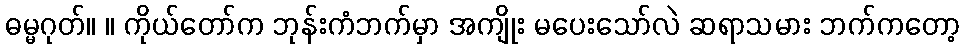
ဓမ္မဂုတ်။ ။ ကိုယ်တော်က ဘုန်းကံဘက်မှာ အကျိုး မပေးသော်လဲ ဆရာသမား ဘက်ကတော့